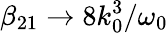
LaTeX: \beta_{21}\to 8k_{0}^{3}/\omega_{0}